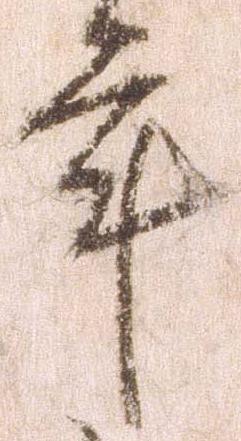
年